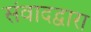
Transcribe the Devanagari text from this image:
संवादद्वारा